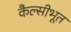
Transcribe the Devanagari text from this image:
कैल्सीभूत